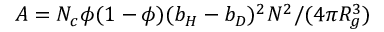
A = N _ { c } \phi ( 1 - \phi ) ( b _ { H } - b _ { D } ) ^ { 2 } N ^ { 2 } / ( 4 \pi R _ { g } ^ { 3 } )